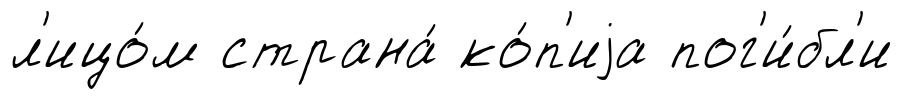
л'ицо́м страна́ ко́п'иjа пог'и́бл'и